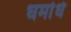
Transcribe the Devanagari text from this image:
धर्मार्ध